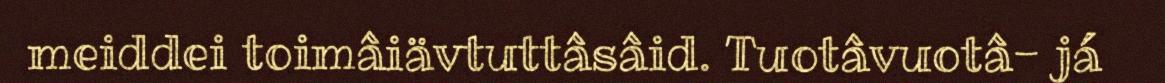
meiddei toimâiävtuttâsâid. Tuotâvuotâ- já